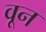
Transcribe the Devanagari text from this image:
वून